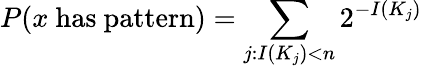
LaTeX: P(x{\mathrm{~has~pattern}})=\sum_{j:I(K_{j})<n}2^{-I(K_{j})}